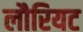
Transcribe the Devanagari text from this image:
लौरियट